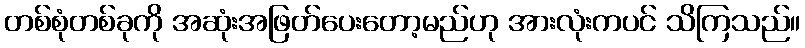
တစ်စုံတစ်ခုကို အဆုံးအဖြတ်ပေးတော့မည်ဟု အားလုံးကပင် သိကြသည်။